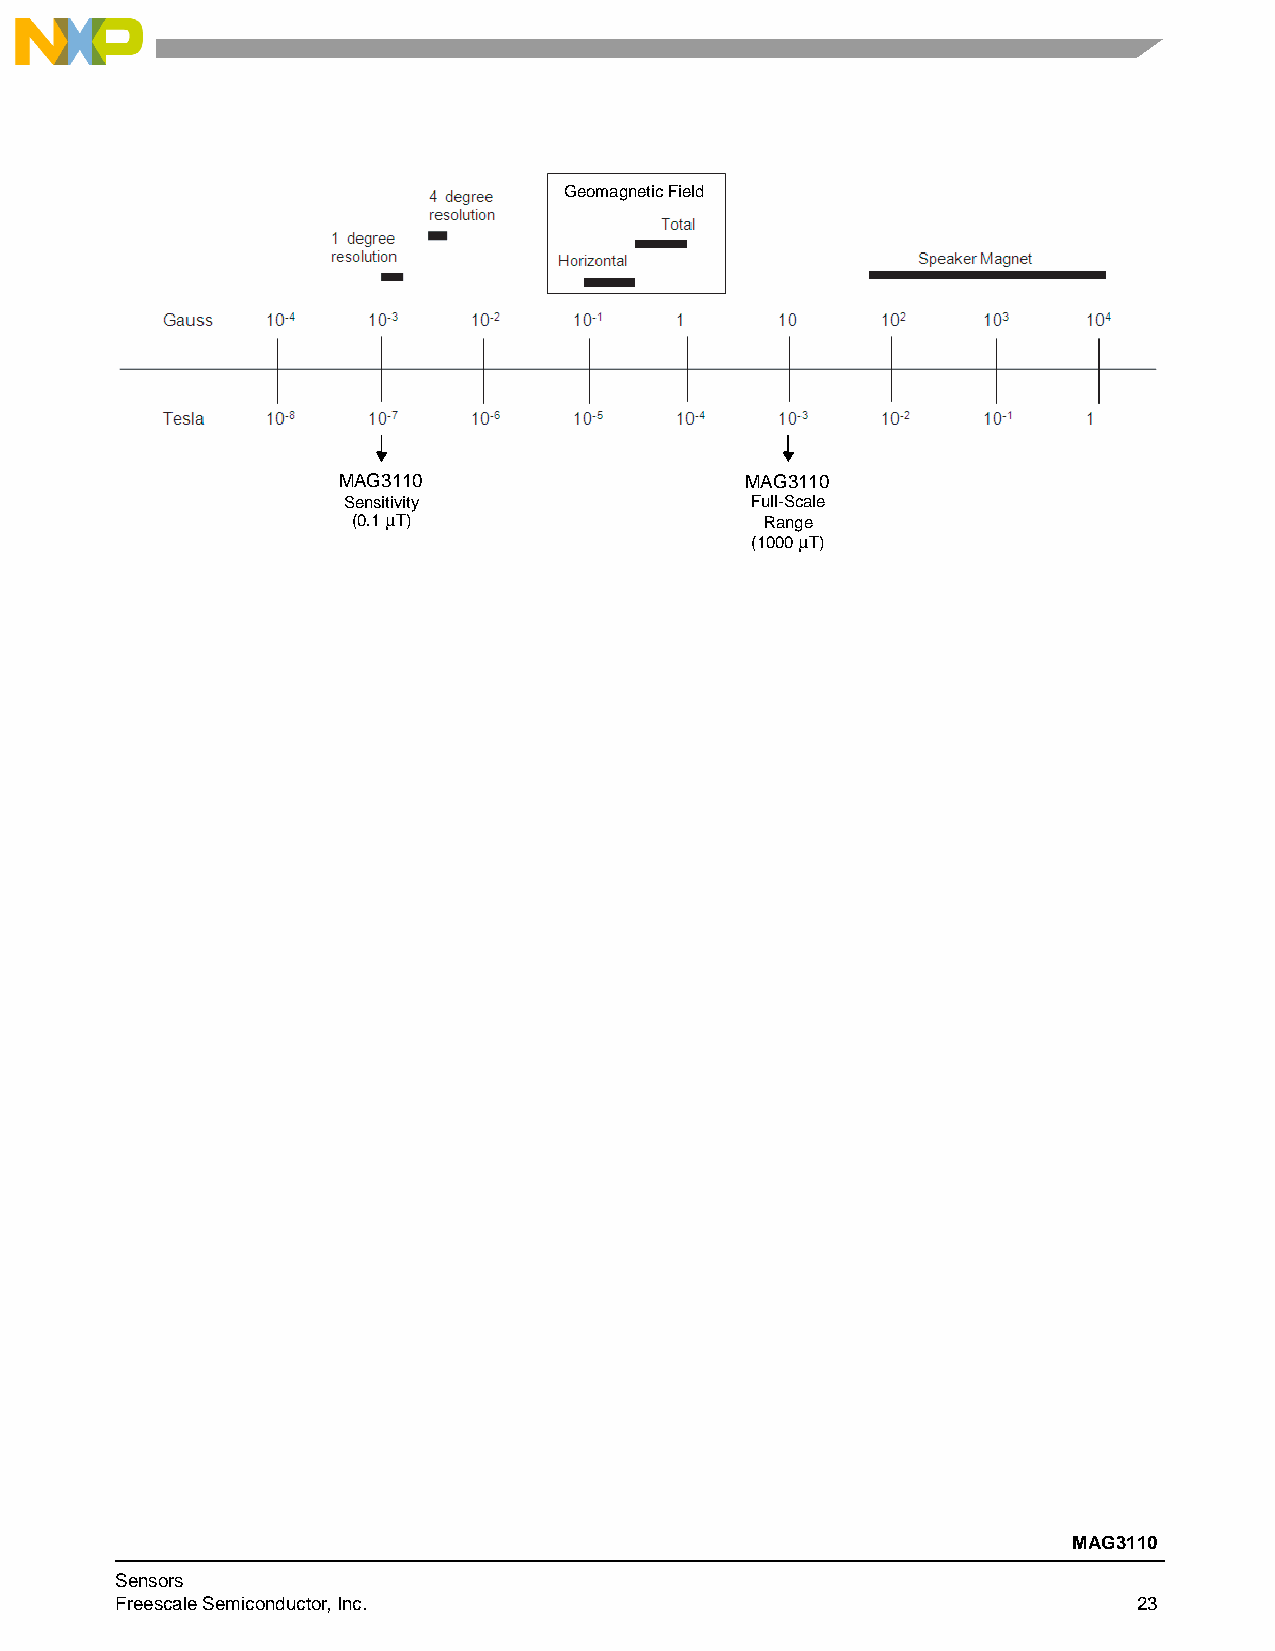
Geomagnetic Field
 MAG3110                    MAG3110
 Sensitivity                Full-Scale
 (0.1 T)                    Range
 (1000 T)
 MAG3110
 Sensors
 Freescale Semiconductor, Inc.                                      23